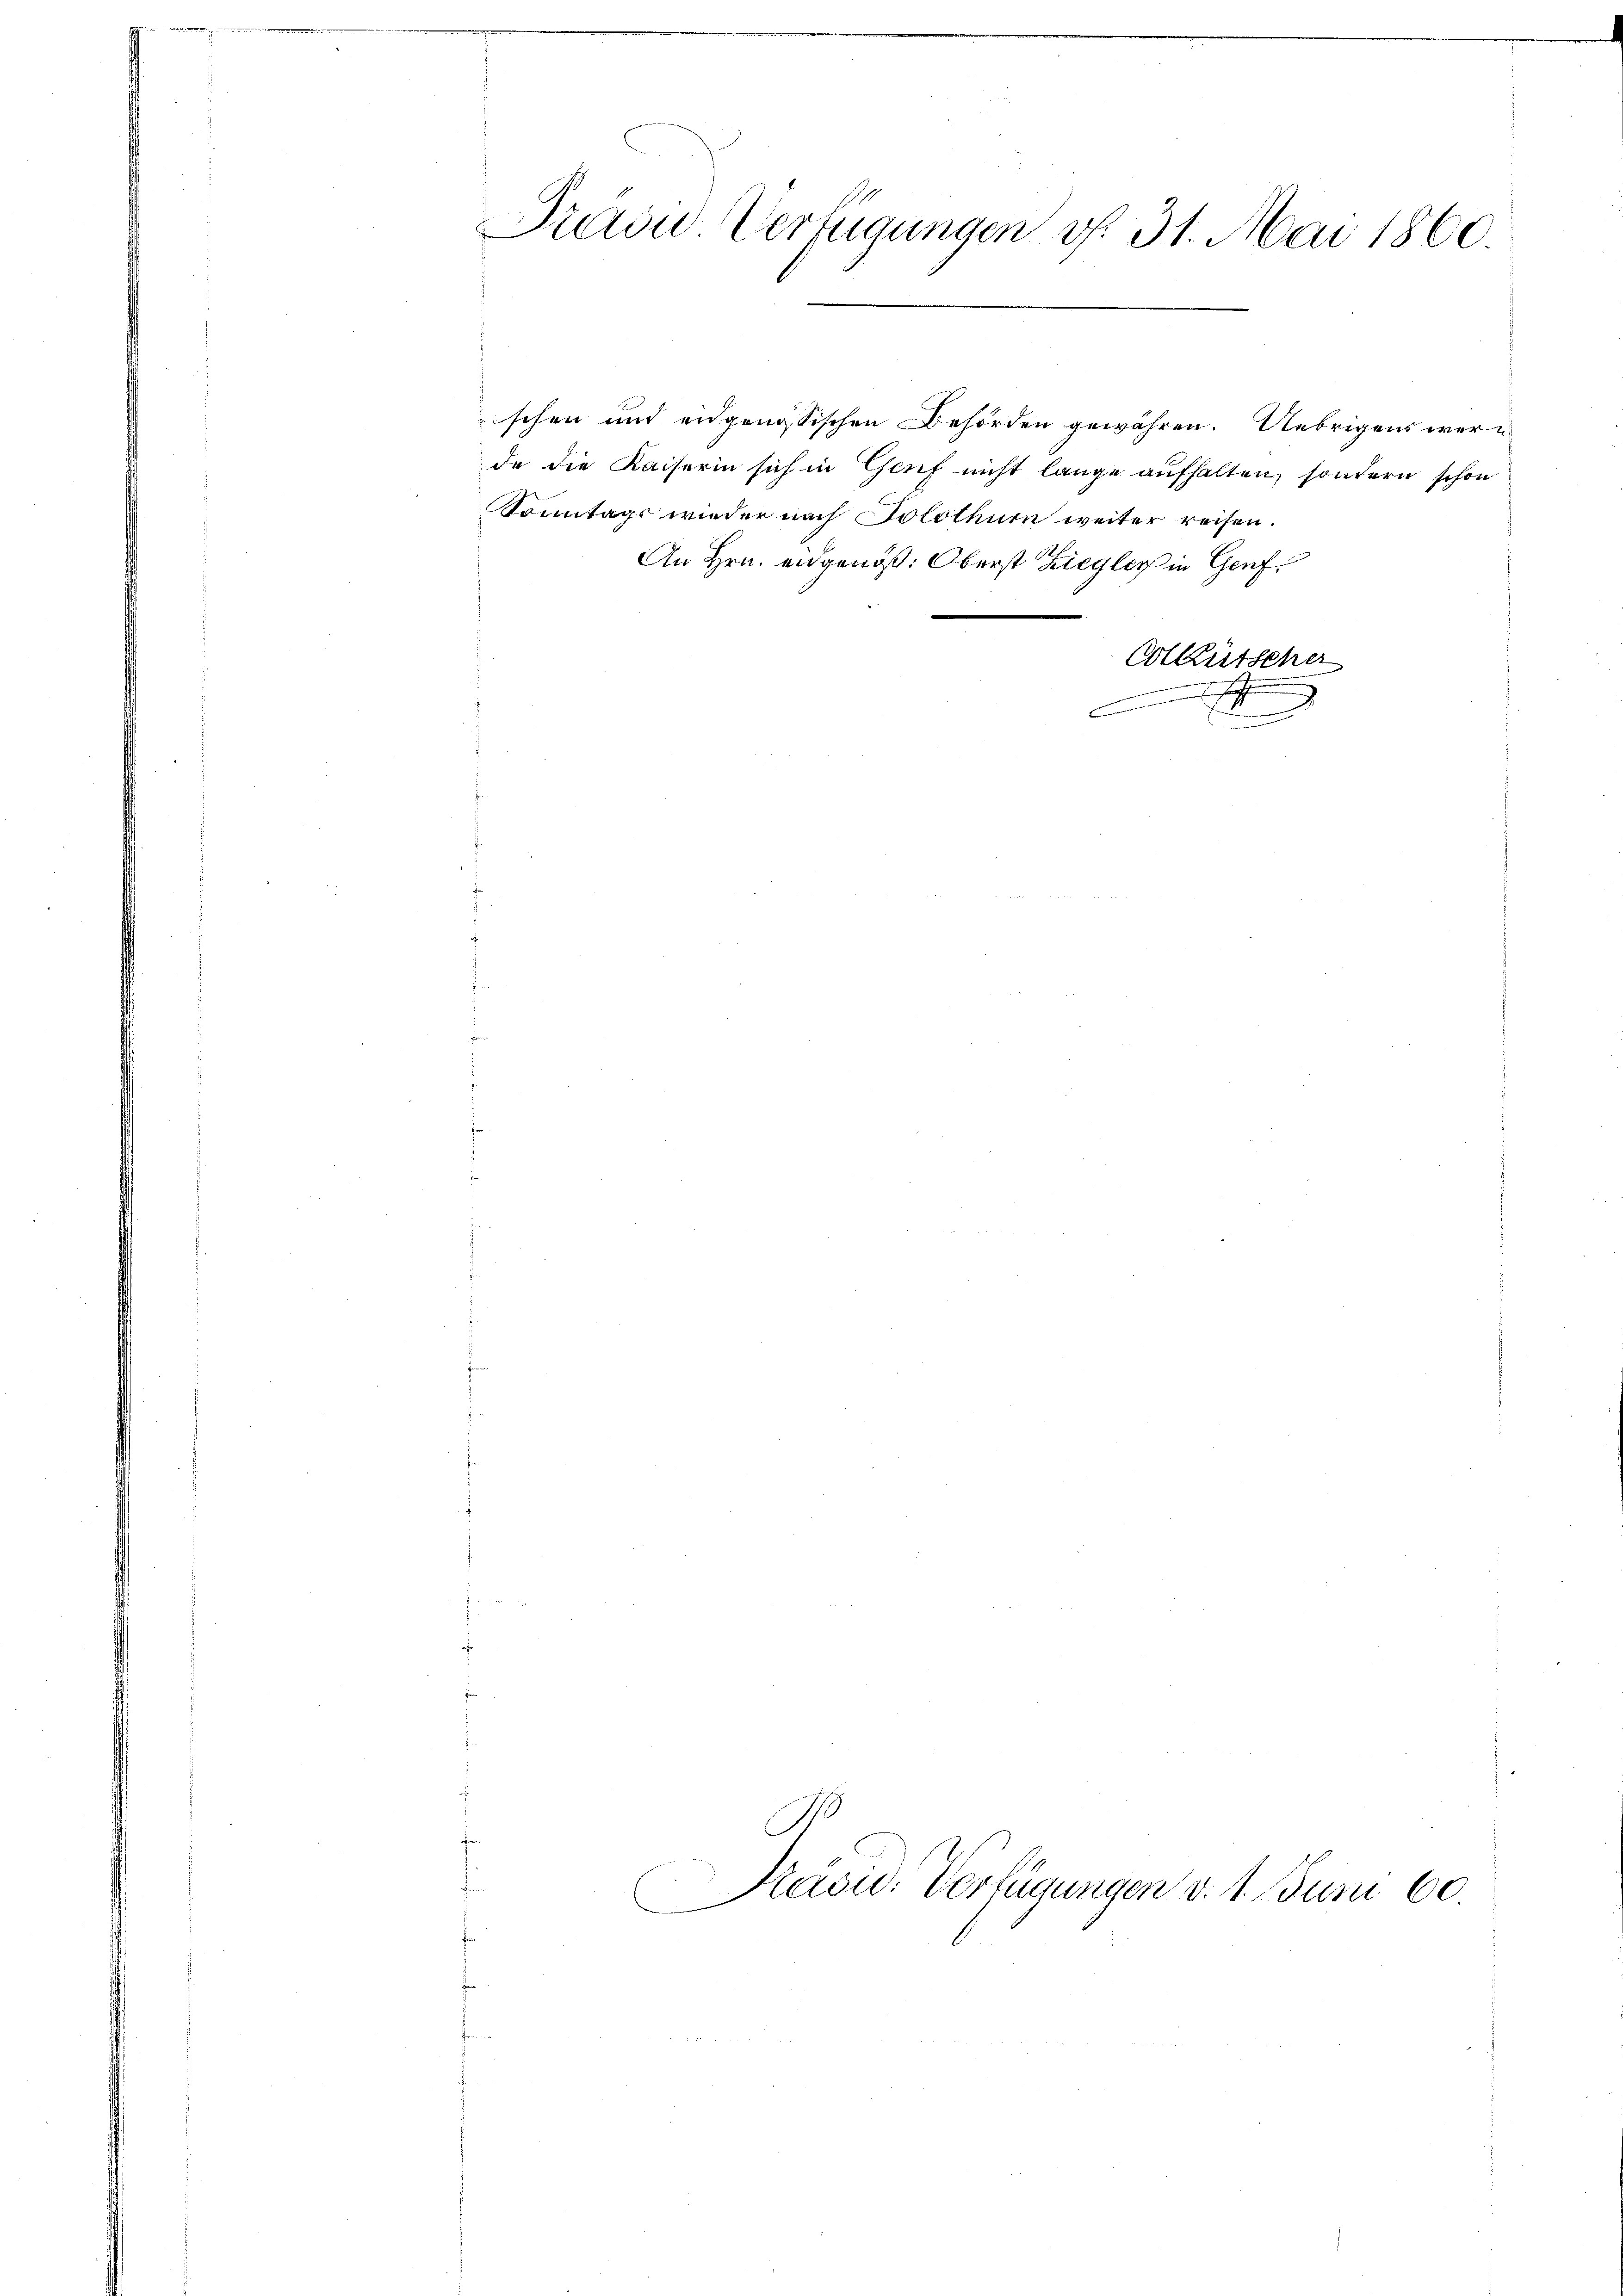
Train Vertigungen v. 31. Mai 1860
20

schen und engenössischen Behörden gewähren. Uebrigens werde die Kaiserin sich in Genf nicht lange aufhalten, sondern schon
Sonntags wieder nach Solothurn weiter reisen.
An Hrn. angenöß. Oberst Ziegler in Genf
Cotütscher
.
9
e
.

C
Kavid: Verfügungen d. 1. Juni 160.